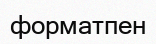
форматпен